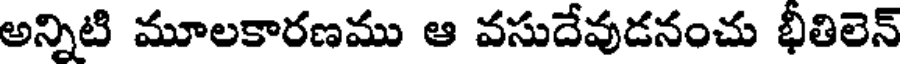
అన్నిటి మూలకారణము ఆ వసుదేవుడనంచు భీతిలెన్